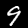
Digit: 9